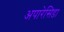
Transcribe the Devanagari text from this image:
अपारेसिडा